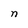
Character: n